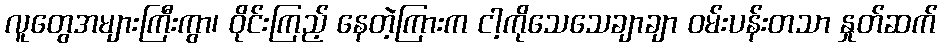
လူတွေအများကြီးကွာ၊ ဝိုင်းကြည့် နေတဲ့ကြားက ငါ့ကိုသေသေချာချာ ဝမ်းပန်းတသာ နှုတ်ဆက်